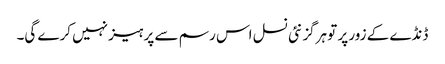
ڈنڈے کے زور پر تو ہرگز نئی نسل اس رسم سے پرہیز نہیں کرے گی۔